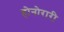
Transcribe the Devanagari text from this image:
होनोरारी